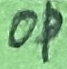
Text: OP